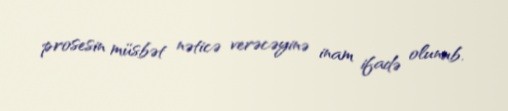
prosesin müsbət nəticə verəcəyinə inam ifadə olunub.